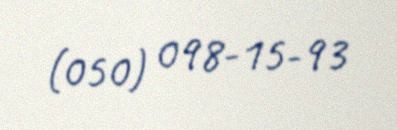
(050) 098-15-93